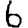
Digit: 6